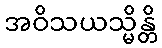
အဝိသယသ္မိန္တိ